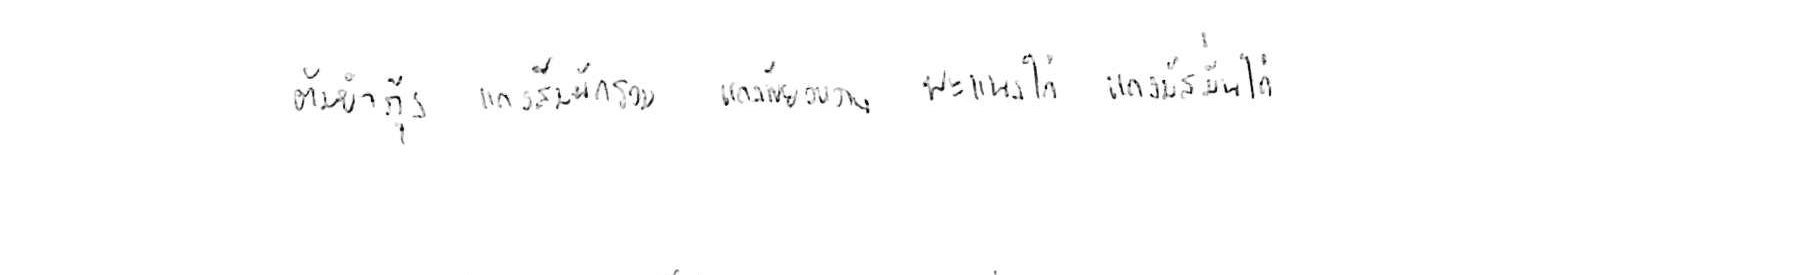
ต้มยำกุ้ง แกงส้มผักรวม แกงเขียวหวาน พะแนงไก่ แกงมัสมั่นไก่